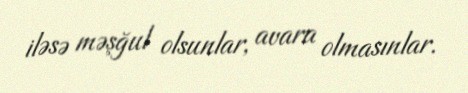
iləsə məşğul olsunlar, avara olmasınlar.